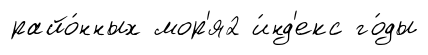
райо́нных мор'я2 и́нд'екс го́ды